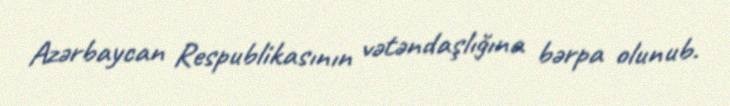
Azərbaycan Respublikasının vətəndaşlığına bərpa olunub.